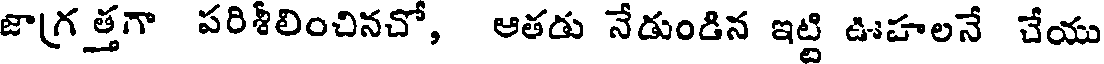
జాగ్రత్తగా పరిశీలించినచో, ఆతడు నేడుండిన ఇట్టి ఊహలనే చేయు